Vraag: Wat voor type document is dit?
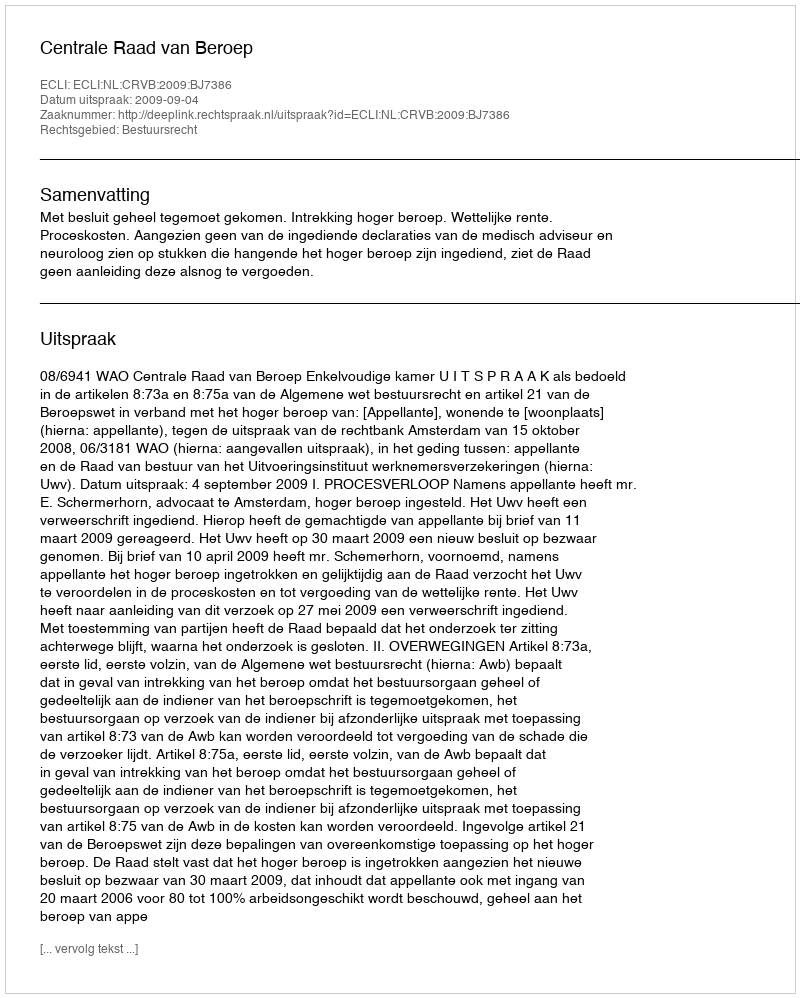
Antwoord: Uitspraak